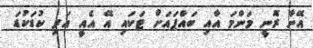
އޭނާ ރޮނީ މަންމަ އާއި ބައްޕައަށް ޓަކައި އޭ އެއީ އަދި ކުޑަކުޑަ